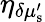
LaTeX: \eta_{\delta\mu_{\mathrm{s}}^{\prime}}